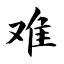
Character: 难